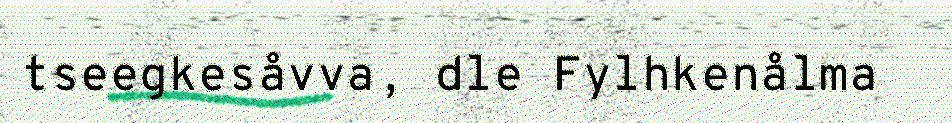
tseegkesåvva, dle Fylhkenålma